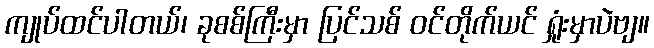
ကျုပ်ထင်ပါတယ်၊ ခုစစ်ကြီးမှာ ပြင်သစ် ဝင်တိုက်ယင် ရှုံးမှာပဲဗျ။